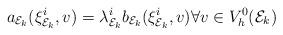
LaTeX: \begin{align*} a_{\mathcal{E}_k}(\xi^i_{\mathcal{E}_k},v)=\lambda_{\mathcal{E}_k}^i b_{\mathcal{E}_{k}}(\xi^i_{\mathcal{E}_k},v)\forall v\in V^0_h(\mathcal{E}_k)\end{align*}